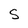
Character: S